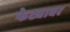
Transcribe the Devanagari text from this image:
फेट्यावर